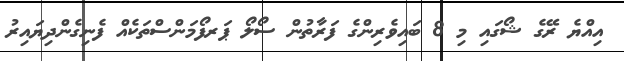
އިއްޔެ ރޭގެ ޝޯގައި މި 8 ބައިވެރިންގެ ފަރާތުން ސޯލޯ ޕަރފޯމަންސްތަކެއް ފެނިގެންދިޔައިރު